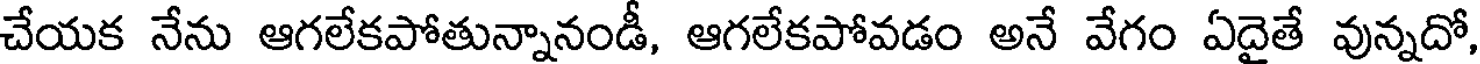
చేయక నేను ఆగలేకపోతున్నానండీ, ఆగలేకపోవడం అనే వేగం ఏదైతే వున్నదో